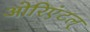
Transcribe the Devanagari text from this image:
ओरिएंटल्